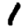
Digit: 1